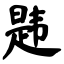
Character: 韪